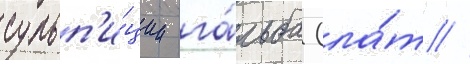
сульп'и́ции га́льба (ла́т //